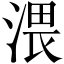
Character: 渨